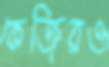
কেজিরও